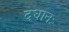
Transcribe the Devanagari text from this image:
दधानः